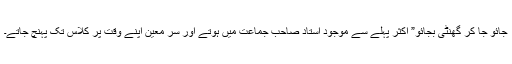
جائو جا کر گھنٹی بجائو” اکثر پہلے سے موجود استاد صاحب جماعت میں ہوتے اور سر معین اپنے وقت پر کلاس تک پہنچ جاتے۔